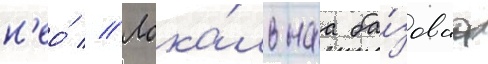
н'ео́ // Лока́льнаа ба́зоваа